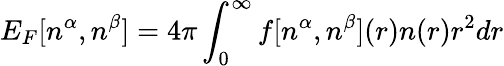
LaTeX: E_{F}[n^{\alpha},n^{\beta}]=4\pi\int_{0}^{\infty}f[n^{\alpha},n^{\beta}](r)n(r)r^{2}dr